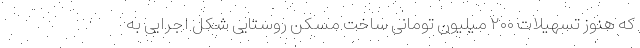
که هنوز تسهیلات ۲۰۰ میلیون تومانی ساخت مسکن روستایی شکل اجرایی به